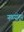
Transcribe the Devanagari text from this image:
नळ्यांतून